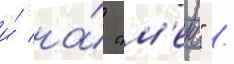
и́ на́ "м'еко" /